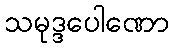
သမုဒ္ဒပေါဏော